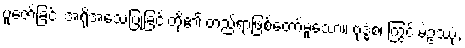
ပူဇော်ခြင်း အရိုအသေပြုခြင်းတို့၏ တည်ရာဖြစ်တော်မူသော။ ဗုဒ္ဓံစ၊ ကြွင်းမဲ့ဥဿုံ,